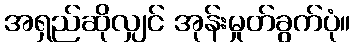
အရှည်ဆိုလျှင် အုန်းမှုတ်ခွက်ပုံ။